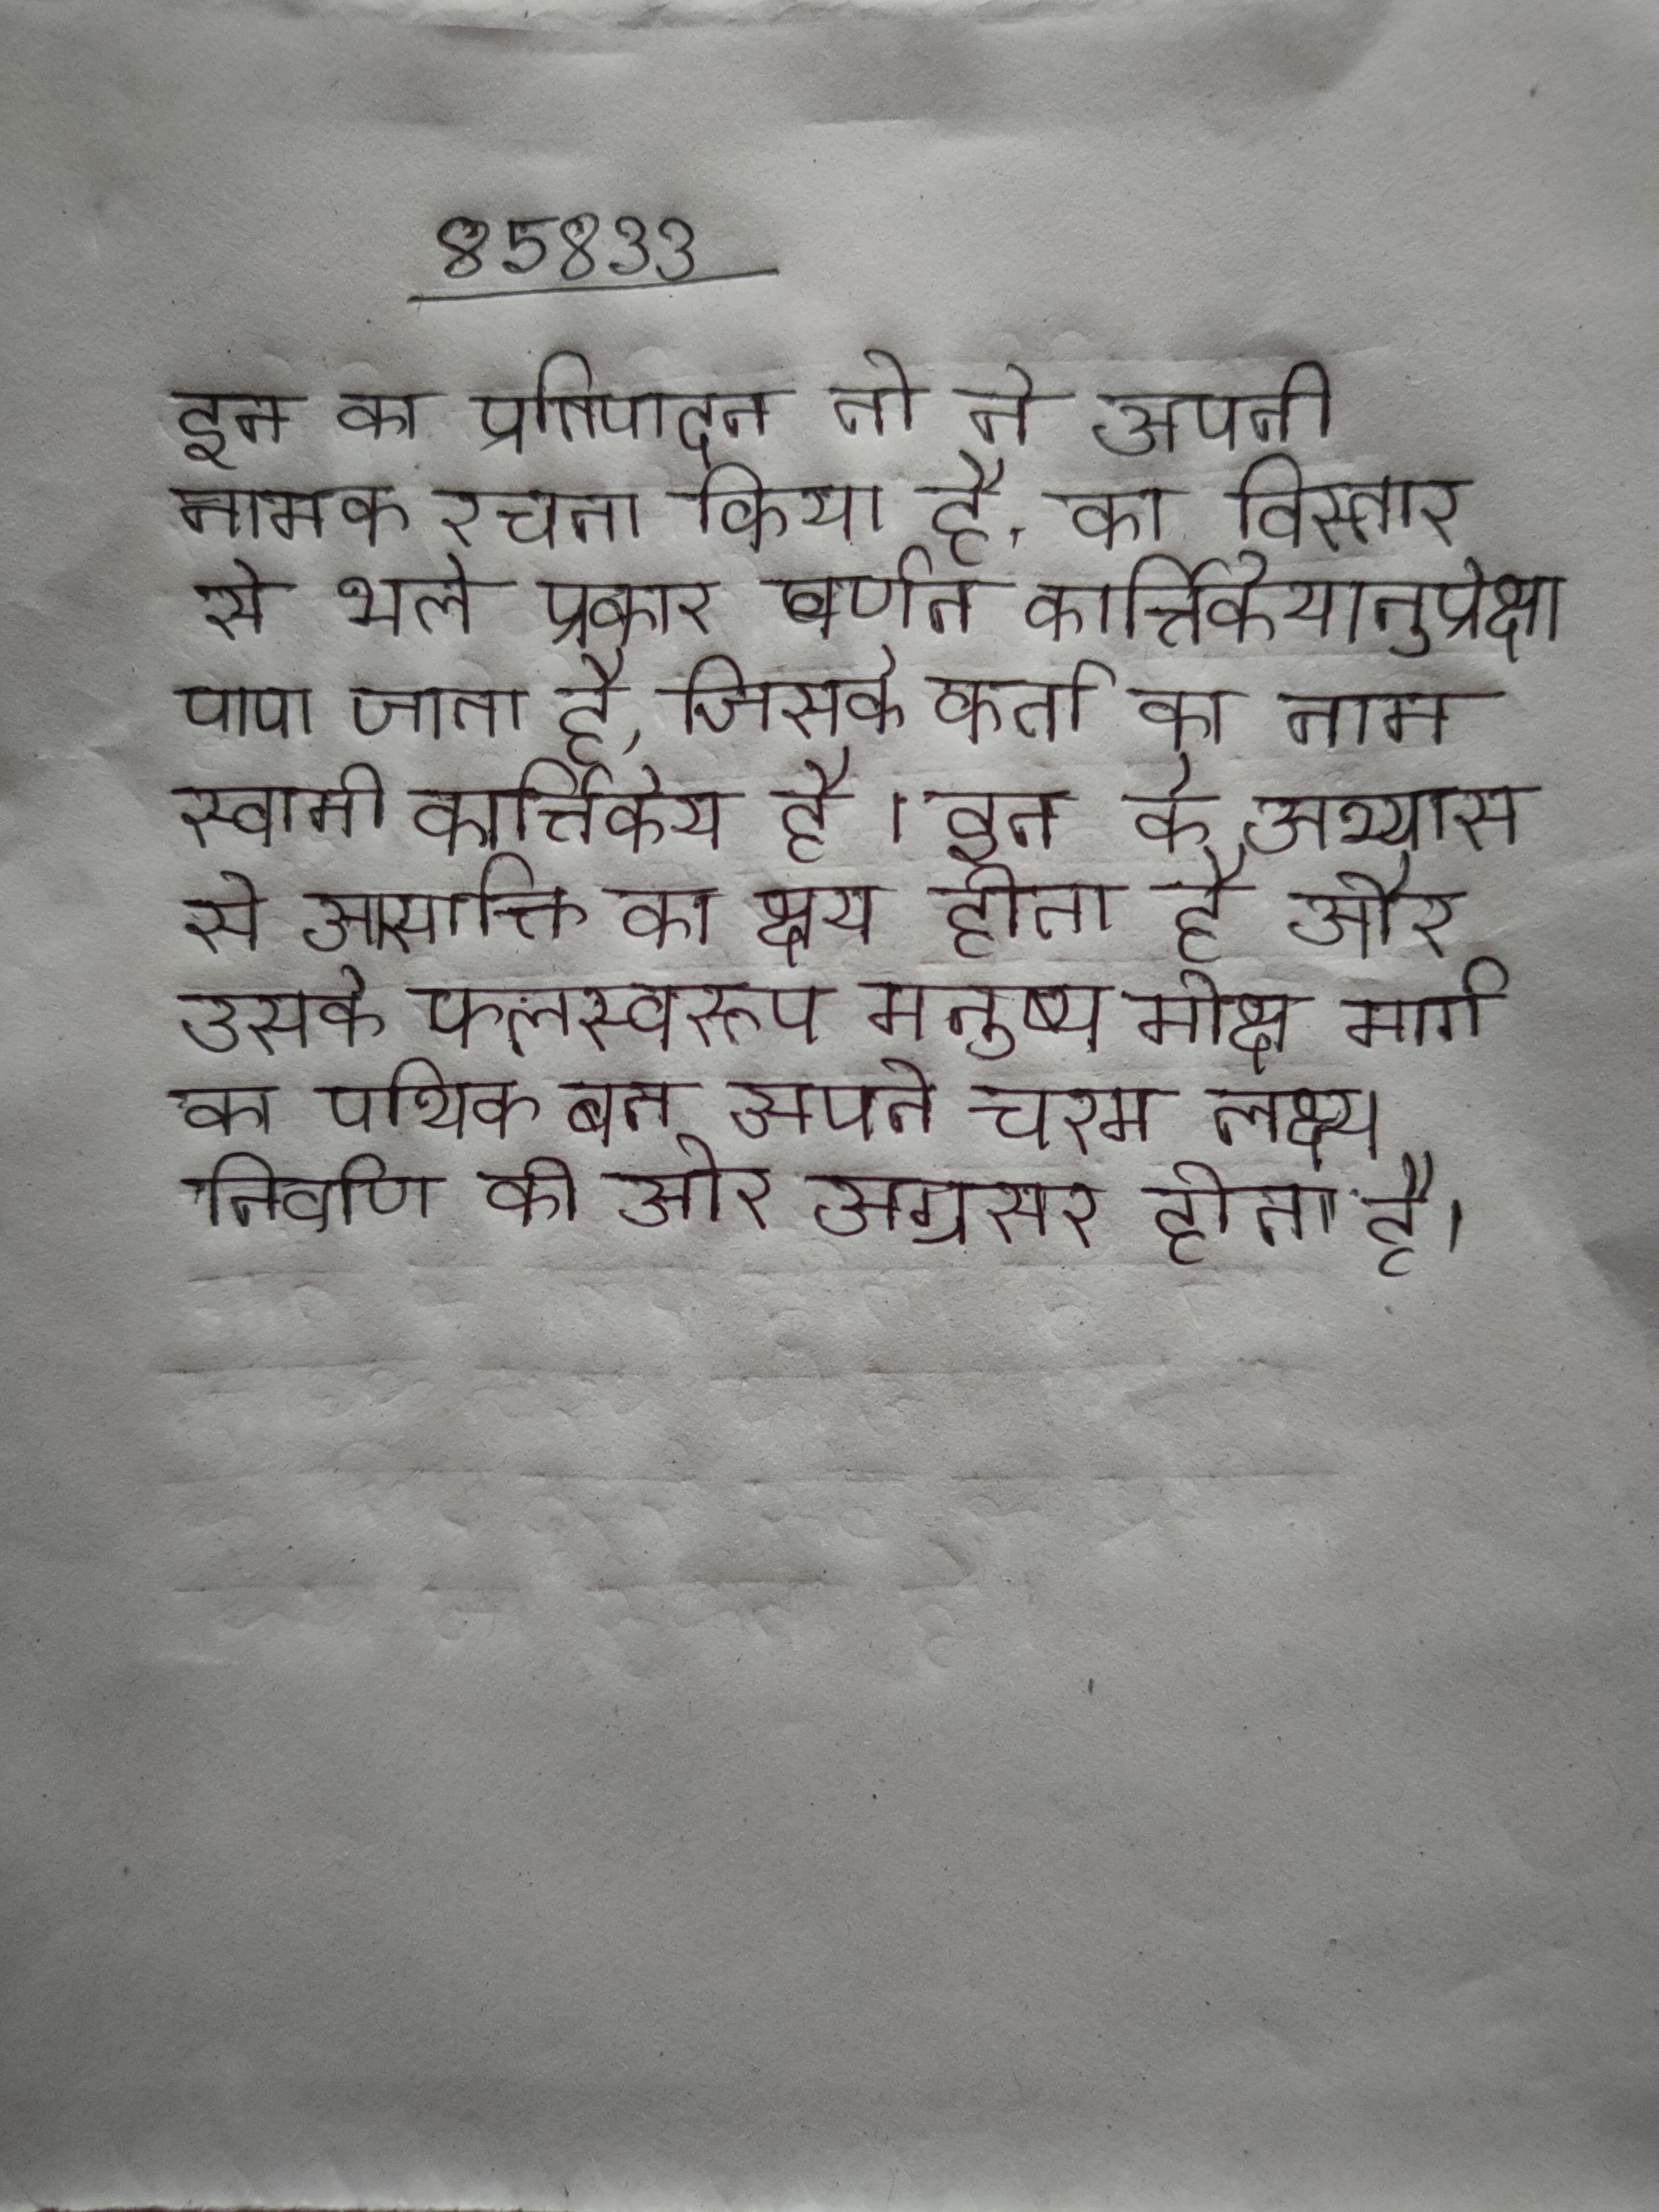
इन का प्रतिपादन तो ने अपनी नामक रचना किया है, का विस्तार से भले प्रकार वर्णन कार्त्तिकेयानुप्रेक्षा पाया जाता है, जिसके कर्ता का नाम स्वामी कार्त्तिकेय है । इन के अभ्यास से आसाक्ति का क्षय होता है और उसके फलस्वरूप मनुष्य मोक्ष मार्ग का पथिक बन अपने चरम लक्ष्य निर्वाण की ओर अग्रसर होता है ।